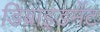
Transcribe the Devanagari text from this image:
डिब्राइडमेंट